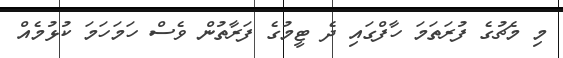
މި މެޗުގެ ފުރަތަމަ ހާފްގައި ދެ ޓީމުގެ ފަރާތުން ވެސް ހަމަހަމަ ކުޅުމެއް